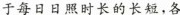
于每日日照时长的长短，各